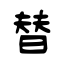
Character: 替